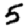
Digit: 5